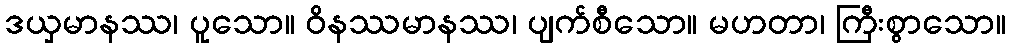
ဒယှမာနဿ၊ ပူသော။ ဝိနဿမာနဿ၊ ပျက်စီသော။ မဟတာ၊ ကြီးစွာသော။